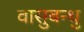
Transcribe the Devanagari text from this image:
वासुबन्धु